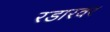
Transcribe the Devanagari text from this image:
रडारवर